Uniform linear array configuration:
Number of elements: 16
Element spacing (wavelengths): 0.5
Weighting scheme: exponential
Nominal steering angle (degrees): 45
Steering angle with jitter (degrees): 46.46
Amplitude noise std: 0.05
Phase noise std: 0.05

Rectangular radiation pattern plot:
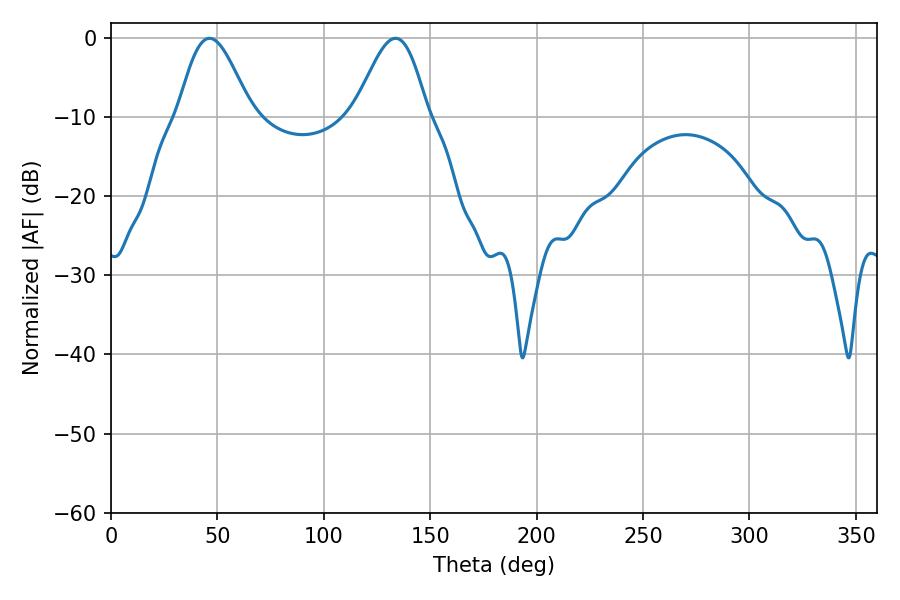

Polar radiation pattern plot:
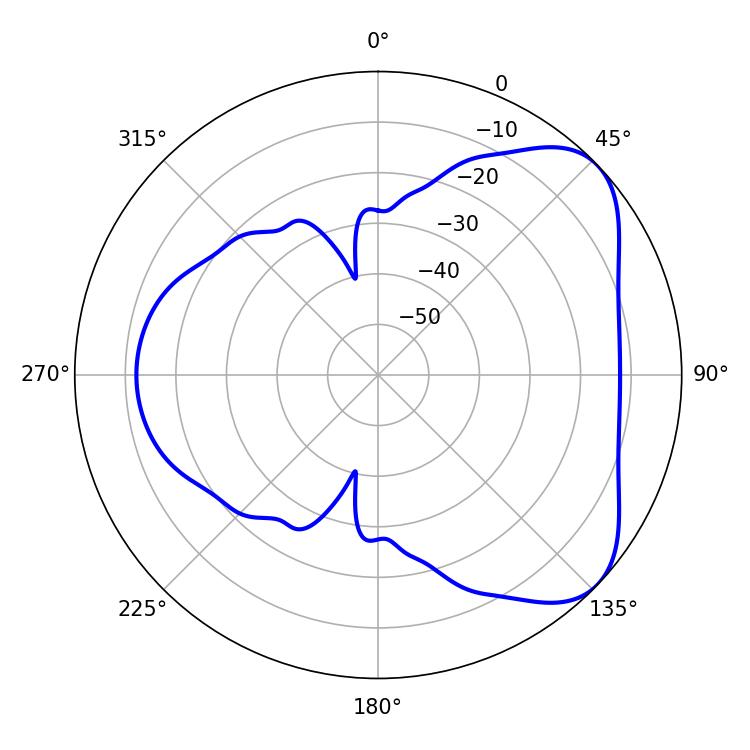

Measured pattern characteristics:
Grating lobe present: FALSE
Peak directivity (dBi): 5.747
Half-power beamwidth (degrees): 18.18
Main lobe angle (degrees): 46.26